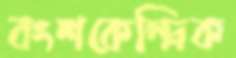
বংশকেন্দ্রিক